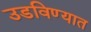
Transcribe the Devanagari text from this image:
उडविण्यात